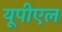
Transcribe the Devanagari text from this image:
यूपीएल